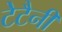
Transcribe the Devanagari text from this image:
टेटैनी